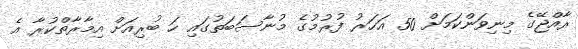
ރާއްޖޭގެ މިނިވަންކަމަށް 50 އަހަރު ފުރުމުގެ މުނާސަބަތުގައި ހަ ބުރިއަށް އިމާރާތްކުރާ އެ